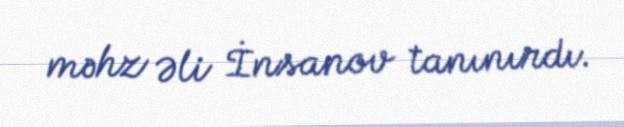
məhz Əli İnsanov tanınırdı.